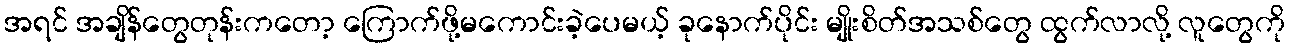
အရင် အချိန်တွေတုန်းကတော့ ကြောက်ဖို့မကောင်းခဲ့ပေမယ့် ခုနောက်ပိုင်း မျိုးစိတ်အသစ်တွေ ထွက်လာလို့ လူတွေကို